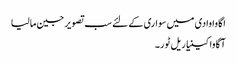
اگاوا وادی میں سواری کے لئے سب تصویر جین مالیا
آگاوا کینیا ریل ٹور۔